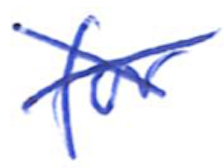
Text: for
Cross-out: cross
Writing tool: ballpoint